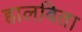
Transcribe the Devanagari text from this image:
हालविता